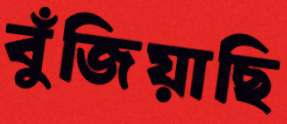
বুঁজিয়াছি